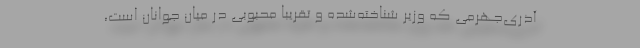
آذری‌جهرمی که وزیر شناخته‌شده و تقریبا محبوبی در میان جوانان است،